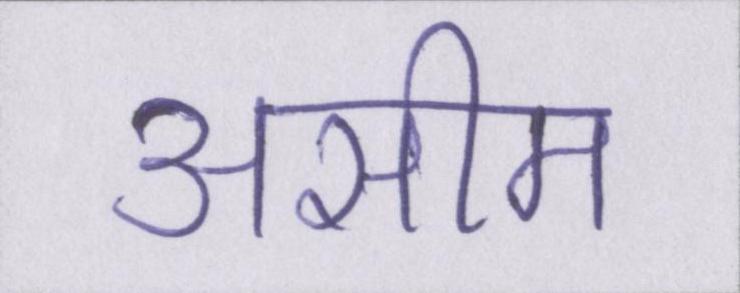
असीम